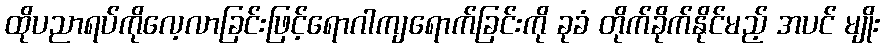
ထိုပညာရပ်ကိုလေ့လာခြင်းဖြင့်ရောဂါကျရောက်ခြင်းကို ခုခံ တိုက်ခိုက်နိုင်မည့် အပင် မျိုး